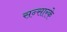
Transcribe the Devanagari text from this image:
सन्सारके